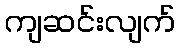
ကျဆင်းလျက်